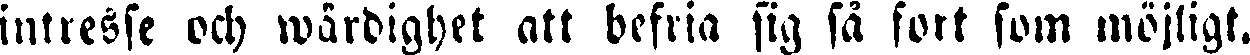
intresse och wärdighet att befria sig så fort som möjligt.